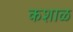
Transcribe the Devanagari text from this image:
कशाळ